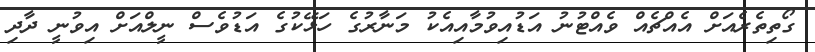
ގޯތިތެރެއަށް އެއްޗެއް ވެއްޓުނު އަޑުއިވުމާއިއެކު މަނާރުގެ ހަޅޭކުގެ އަޑުވެސް ނީލްއަށް އިވުނީ ދާދި